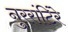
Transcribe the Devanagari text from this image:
नुररांटिंरे